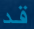
قد